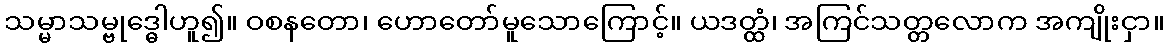
သမ္မာသမ္ဗုဒ္ဓေါဟူ၍။ ဝစနတော၊ ဟောတော်မူသောကြောင့်။ ယဒတ္ထံ၊ အကြင်သတ္တလောက အကျိုးငှာ။